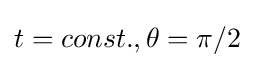
t=const.,\theta =\pi /2